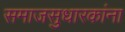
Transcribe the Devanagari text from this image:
समाजसुधारकांना